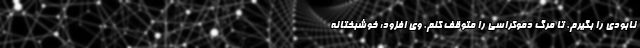
نابودی را بگیرم. تا مرگ دموکراسی را متوقف کنم. وی افزود: خوشبختانه